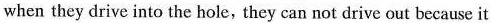
when they drive into the hole, they can not drive out because it